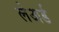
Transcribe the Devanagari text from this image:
लेअर्ड